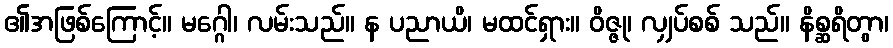
၏အဖြစ်ကြောင့်။ မဂ္ဂေါ၊ လမ်းသည်။ န ပညာယိ၊ မထင်ရှား။ ဝိဇ္ဇု၊ လျှပ်စစ် သည်။ နိစ္ဆရိတွာ၊